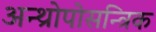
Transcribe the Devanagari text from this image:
अन्थ्रोपोसन्त्रिक